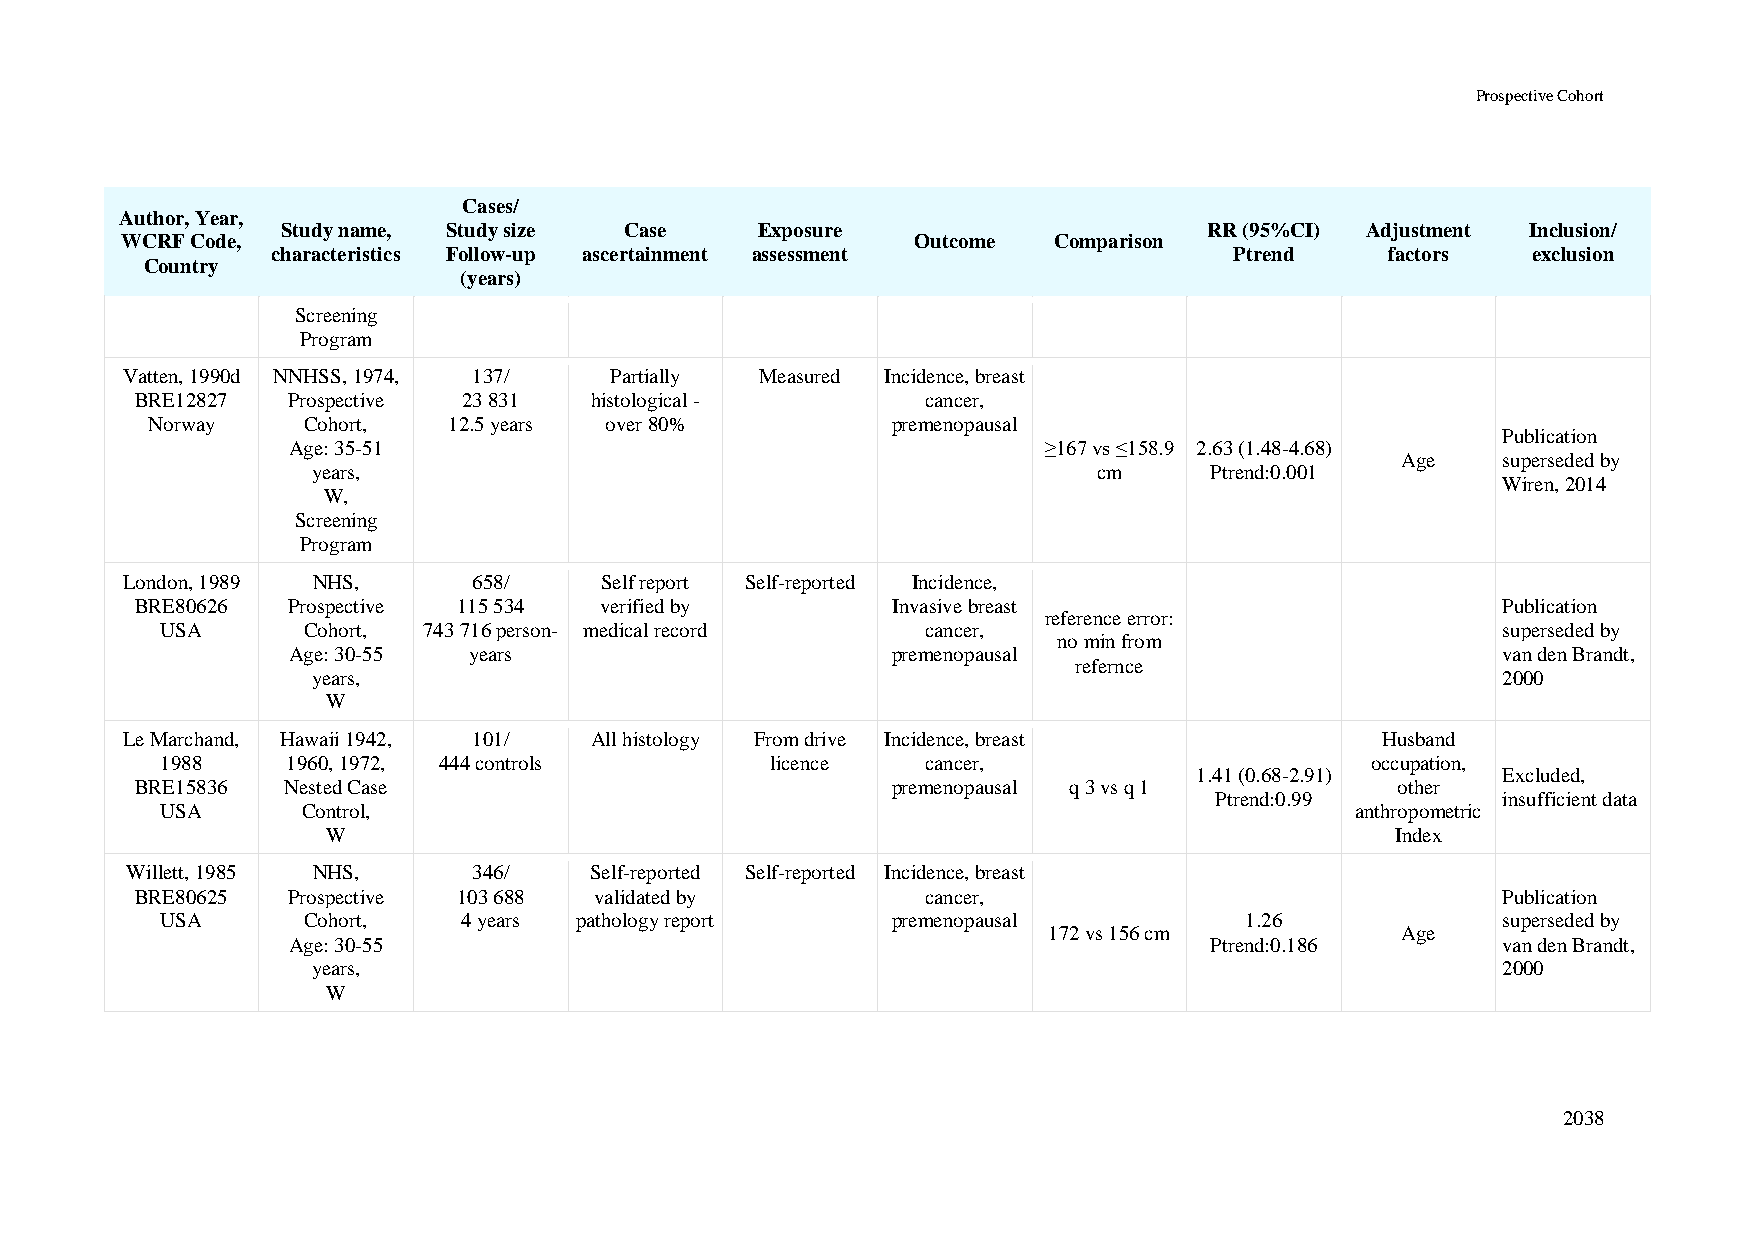
Prospective Cohort
 Cases/
 Author, Year,
 Study name, Study size Case    Exposure                      RR (95%CI) Adjustment Inclusion/
 WCRF Code,                                           Outcome  Comparison
 characteristics Follow-up ascertainment assessment              Ptrend    factors  exclusion
 Country
 (years)
 Screening
 Program
 Vatten, 1990d NNHSS, 1974, 137/ Partially Measured Incidence, breast
 BRE12827  Prospective 23 831  histological -        cancer,
 Norway    Cohort,   12.5 years over 80%          premenopausal
 Publication
 Age: 35-51                                        ≥167 vs ≤158.9 2.63 (1.48-4.68)
 Age   superseded by
 years,                                              cm     Ptrend:0.001
 Wiren, 2014
 W,
 Screening
 Program
 London, 1989 NHS,      658/     Self report Self-reported Incidence,
 BRE80626  Prospective 115 534  verified by        Invasive breast                         Publication
 reference error:
 USA      Cohort, 743 716 person- medical record   cancer,                               superseded by
 no min from
 Age: 30-55  years                       premenopausal                           van den Brandt,
 refernce
 years,                                                                        2000
 W
 Le Marchand, Hawaii 1942, 101/ All histology From drive Incidence, breast          Husband
 1988    1960, 1972, 444 controls        licence   cancer,                       occupation,
 1.41 (0.68-2.91)    Excluded,
 BRE15836  Nested Case                             premenopausal q 3 vs q 1         other
 Ptrend:0.99        insufficient data
 USA      Control,                                                              anthropometric
 W                                                                     Index
 Willett, 1985 NHS,     346/    Self-reported Self-reported Incidence, breast
 BRE80625  Prospective 103 688 validated by          cancer,                               Publication
 USA      Cohort,    4 years pathology report    premenopausal          1.26             superseded by
 172 vs 156 cm           Age
 Age: 30-55                                                   Ptrend:0.186       van den Brandt,
 years,                                                                        2000
 W
 2038